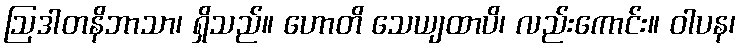
ဩဒါတနိဘာသာ၊ ရှိသည်။ ဟောတိ သေယျထာပိ၊ လည်းကောင်း။ ဝါပန၊